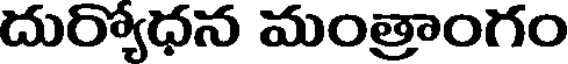
దుర్యోధన మంత్రాంగం